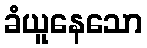
ခံယူနေသော